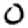
Digit: 0